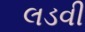
લડવી